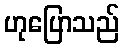
ဟုပြောသည်